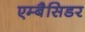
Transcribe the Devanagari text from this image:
एम्बैसिडर